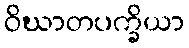
ဝိဃာတပက္ခိယာ